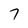
Character: 7